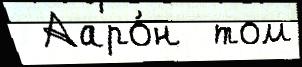
 Ааро́н  том